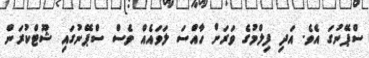
ސްޕޭނުގަ އެވެ. އަދި ފިލްމުގެ ވަރަށް ހާއްސަ ލަވައެއް ވެސް ސްޕޭނުގައި ޝޫޓްކުރަން